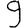
Digit: 9